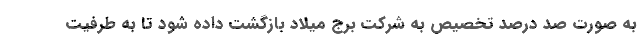
به صورت صد درصد تخصیص به شرکت برج میلاد بازگشت داده شود تا به طرفیت